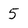
Character: 5